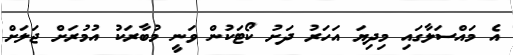
އެ މައްސަލާގައި މިދިޔަ އަހަރު ދަށު ކޯޓަކުން ވަނީ މުބާރަކު އުމުރަށް ޖަލަށް